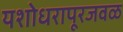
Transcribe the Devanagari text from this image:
यशोधरापूरजवळ